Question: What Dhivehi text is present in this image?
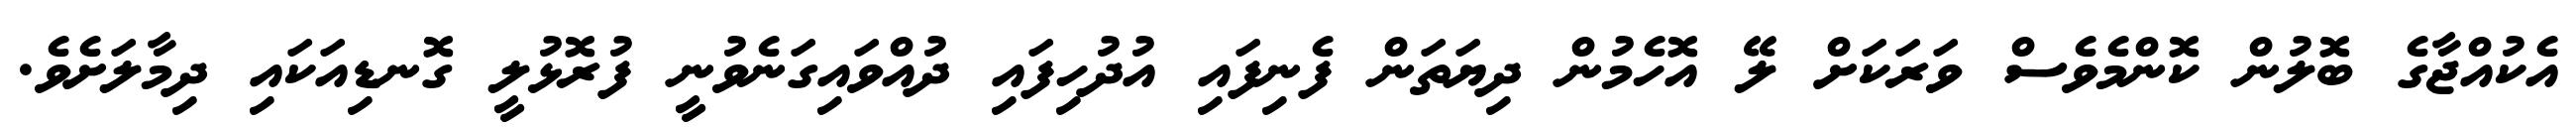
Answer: އެކުއްޖާގެ ބޮލުން ކޮންމެވެސް ވަރަކަށް ލޭ އޮހެމުން ދިޔަތަން ފެނިފައި އުދުހިފައި ދުއްވައިގަނެވުނީ ފުރޮޅުލީ ގޮނޑިއަކައި ދިމާލަށެވެ.